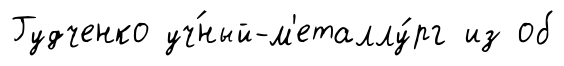
Гудченко уч́ный-м'еталлу́рг из об